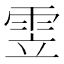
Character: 雴